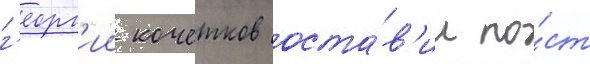
г'еорг'ии кочетков оста́в'ил по́ст